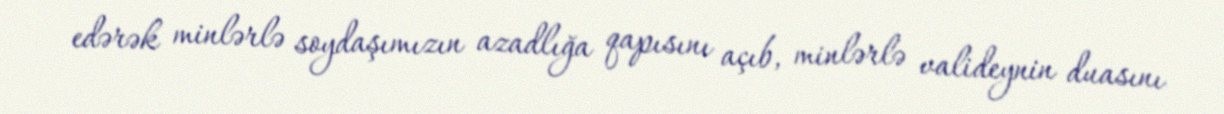
edərək minlərlə soydaşımızın azadlığa qapısını açıb, minlərlə valideynin duasını